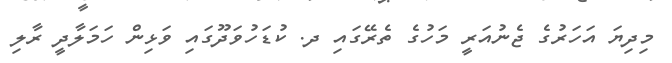
މިދިޔަ އަހަރުގެ ޖެނުއަރީ މަހުގެ ތެރޭގައި ދ. ކުޑަހުވަދޫގައި ވަޅިން ހަމަލާދީ ރާލި